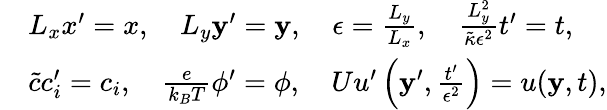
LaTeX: \begin{array}{rl}&{L_{x}x^{\prime}=x,\quad L_{y}\mathbf{y}^{\prime}=\mathbf{y},\quad\epsilon=\frac{L_{y}}{L_{x}},\quad\frac{L_{y}^{2}}{\tilde{\kappa}\epsilon^{2}}t^{\prime}=t,}\\ &{\tilde{c}c_{i}^{\prime}=c_{i},\quad\frac{e}{k_{B}T}\phi^{\prime}=\phi,\quad Uu^{\prime}\left(\mathbf{y}^{\prime},\frac{t^{\prime}}{\epsilon^{2}}\right)=u(\mathbf{y},t),}\end{array}